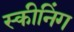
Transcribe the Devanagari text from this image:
स्कीनिंग